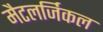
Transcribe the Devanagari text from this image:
मैटलर्जिकल